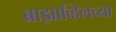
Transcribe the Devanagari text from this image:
ब्राझाव्हिलच्या